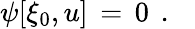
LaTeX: \begin{array}{r}{\psi[\xi_{0},u]\, =\, 0\ \, .\ \ \ }\end{array}